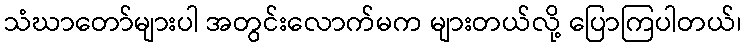
သံဃာတော်များပါ အတွင်းလောက်မက များတယ်လို့ ပြောကြပါတယ်၊